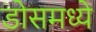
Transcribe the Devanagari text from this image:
डोसमध्ये